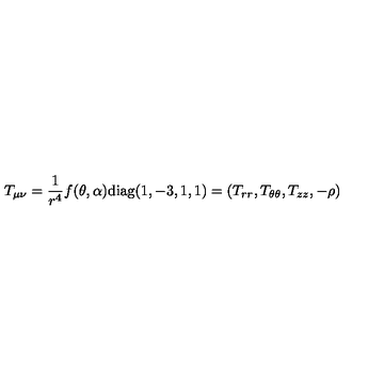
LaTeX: T _ { \mu \nu } = \frac { 1 } { r ^ { 4 } } f ( \theta , \alpha ) \mathrm { d i a g } ( 1 , - 3 , 1 , 1 ) = ( T _ { r r } , T _ { \theta \theta } , T _ { z z } , - \rho )